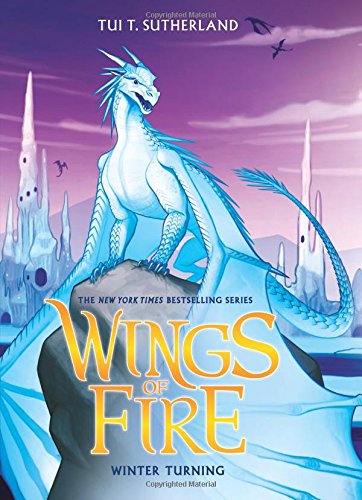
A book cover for Wings of Fire Book Seven: Winter Turning; Tui T. Sutherland; Children's Books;